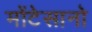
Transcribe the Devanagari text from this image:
मोंटेसानो